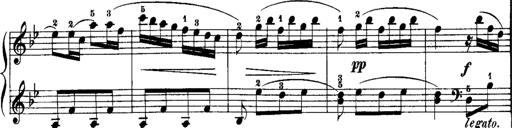
Title: Rondos and Sonatinas for Pianoforte
Composer: Daniel Steibelt